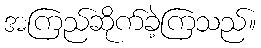
အကြည်ဆိုက်ခဲ့ကြသည်။